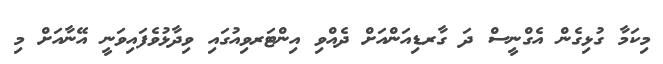
މިކަމާ ގުޅިގެން އެގްނީސް ދަ ގާރޑިއަންއަށް ދެއްވި އިންޓަރވިއުގައި ވިދާޅުވެފައިވަނީ އޭނާއަށް މި